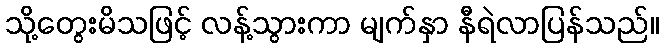
သို့တွေးမိသဖြင့် လန့်သွားကာ မျက်နှာ နီရဲလာပြန်သည်။